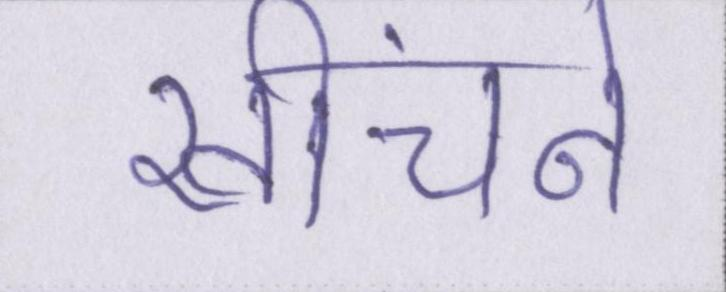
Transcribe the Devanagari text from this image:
खींचने